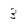
Character: 3